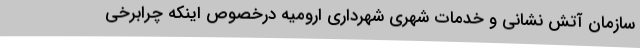
سازمان آتش نشانی و خدمات شهری شهرداری ارومیه درخصوص اینکه چرابرخی